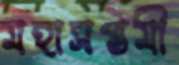
মহাসপ্তমী